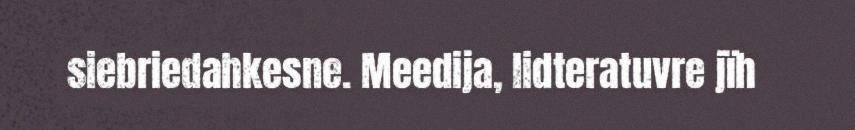
siebriedahkesne. Meedija, lidteratuvre jïh